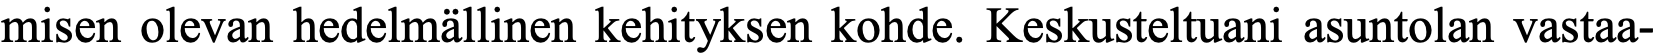
misen olevan hedelmällinen kehityksen kohde. Keskusteltuani asuntolan vastaa-